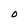
Character: O